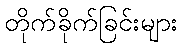
တိုက်ခိုက်ခြင်းများ